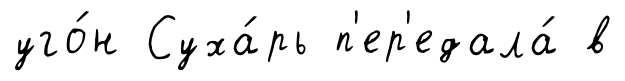
уго́н Суха́рь п'ер'едала́ в